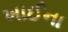
ખાઈના